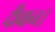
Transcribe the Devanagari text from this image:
दीवान।